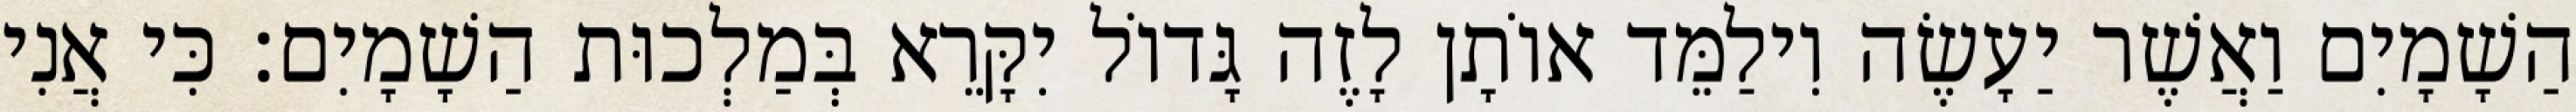
הַשָׁמָיִם וַאֲשֶׁר יַעָשֶׂה וִילַמֵּד אוֹתָן לָזֶה גָּדוֹל יִקָּרֵא בְּמַלְכוּת הַשָׁמָיִם׃ כִּי אֲנִי